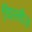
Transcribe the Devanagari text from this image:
चिल्लीज़